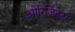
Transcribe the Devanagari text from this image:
ओरिजिनेटर